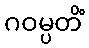
ဂဝမ္ပတိံ